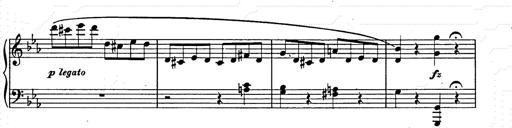
Title: Allegro di bravura
Composer: Carl Maria von Weber
Key: D major